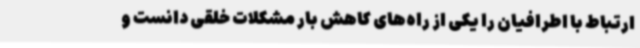
ارتباط با اطرافیان را یکی از راه‌های کاهش بار مشکلات خلقی دانست و